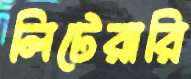
লিটেরারি